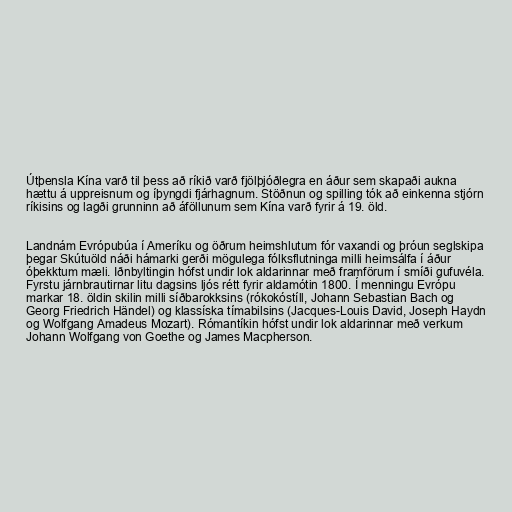
Útþensla Kína varð til þess að ríkið varð fjölþjóðlegra en áður sem skapaði aukna
hættu á uppreisnum og íþyngdi fjárhagnum. Stöðnun og spilling tók að einkenna stjórn
ríkisins og lagði grunninn að áföllunum sem Kína varð fyrir á 19. öld.

Landnám Evrópubúa í Ameríku og öðrum heimshlutum fór vaxandi og þróun seglskipa
þegar Skútuöld náði hámarki gerði mögulega fólksflutninga milli heimsálfa í áður
óþekktum mæli. Iðnbyltingin hófst undir lok aldarinnar með framförum í smíði gufuvéla.
Fyrstu járnbrautirnar litu dagsins ljós rétt fyrir aldamótin 1800. Í menningu Evrópu
markar 18. öldin skilin milli síðbarokksins (rókokóstíll, Johann Sebastian Bach og
Georg Friedrich Händel) og klassíska tímabilsins (Jacques-Louis David, Joseph Haydn
og Wolfgang Amadeus Mozart). Rómantíkin hófst undir lok aldarinnar með verkum
Johann Wolfgang von Goethe og James Macpherson.